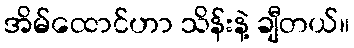
အိမ်ထောင်ဟာ သိန်းနဲ့ ချီတယ်။